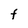
Character: F